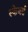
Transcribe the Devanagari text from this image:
स्केबर्स